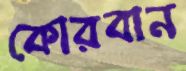
কোরবান